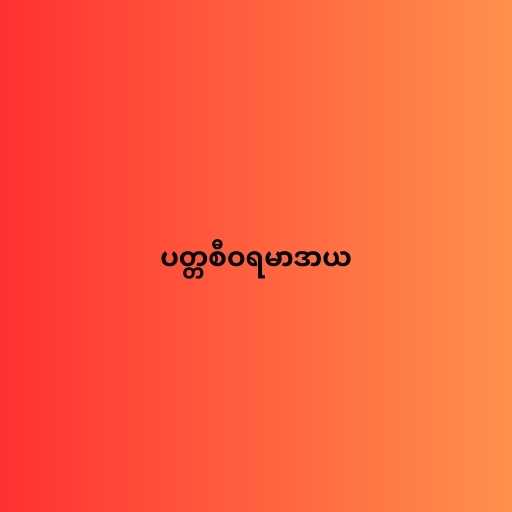
ပတ္တစီဝရမာဒာယ